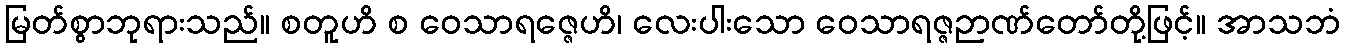
မြတ်စွာဘုရားသည်။ စတူဟိ စ ဝေသာရဇ္ဇေဟိ၊ လေးပါးသော ဝေသာရဇ္ဇဉာဏ်တော်တို့ဖြင့်။ အာသဘံ